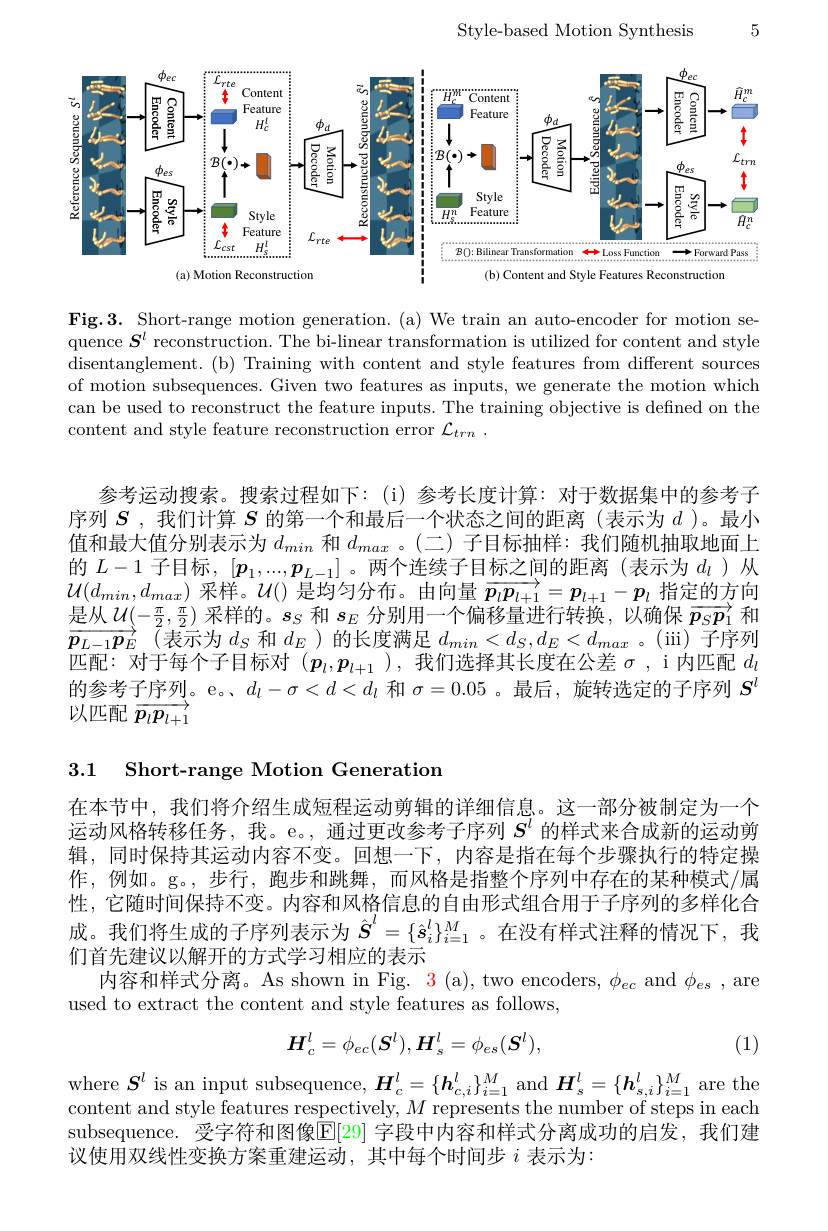
5

Style-based Motion Synthesis

<FigureHere>

Fig.3. Short-range motion generation. (a) We train an auto-encoder for motion sequence $\boldsymbol{S}^l$ reconstruction. The bi-linear transformation is utilized for content and style disentanglement.(b) Training with content and style features from different sources of motion subsequences. Given two features as inputs, we generate the motion which can be used to reconstruct the feature inputs. The training objective is defined on the content and style feature reconstruction error $\mathcal{L}_trn~.$

参考运动搜索。搜索过程如下：(i)参考长度计算：对于数据集中的参考子序列$S$ ,我们计算$S$的第一个和最后一个状态之间的距离(表示为$d$ )。最小值和最大值分别表示为$d_{min}$和$d_{max}$。(二)子目标抽样：我们随机抽取地面上的$L-1$子目标，$[\boldsymbol{p}_1,...,\boldsymbol{p}_{L-1}]$ 。两个连续子目标之间的距离(表示为$d_l$ )从$\mathcal{U} ( d_{min}, d_{max})$ 采 样 。$\mathcal{U} ( )$ 是 均 匀 分 布 。由 向 量 $\overrightarrow {p_lp_{l+ 1}}= \boldsymbol{\underset {l+ 1}{p}}- \boldsymbol{\underset l{p}}$ 指 定 的 方 向 $\mathcal{U} ( d_{min}, d_{max})$ 采 样 。$\mathcal{U} ( )$ 是 均 匀 分 布 。由 向 量 $\overrightarrow {p_lp_{l+ 1}}= \boldsymbol{\underset {l+ 1}{p}}- \boldsymbol{\underset l{p}}$ 指 定 的 方 向是从$\mathcal{U}(-\frac\pi2,\frac\pi2)$采样的。$s_S$和$s_E$分别用一个偏移量进行转换，以确保$\overrightarrow{\boldsymbol{p}_S\boldsymbol{p}_1}$和$\overrightarrow{\boldsymbol{p}_{L-1}\boldsymbol{p}_{E}}$(表示为$d_S$和$d_E$ )的长度满足$d_min<d_S,d_E<d_{max}$ 。(iii) 子序列匹配：对于每个子目标对($p_l,p_{l+1}$ ),我们选择其长度在公差$\sigma$, i 内匹配$d_l$ 的参考子序列。e。、$d_l-\sigma<d<d_l$和$\sigma=0.05$ 。最后，旋转选定的子序列$S^i$ 以匹配$\overrightarrow{p_lp_{l+1}}$

3.1 Short-range Motion Generation

在本节中，我们将介绍生成短程运动剪辑的详细信息。这一部分被制定为一个运动风格转移任务，我。e。, 通过更改参考子序列$S^l$的样式来合成新的运动剪辑，同时保持其运动内容不变。回想一下，内容是指在每个步骤执行的特定操作，例如。g。,步行，跑步和跳舞，而风格是指整个序列中存在的某种模式/属性，它随时间保持不变。内容和风格信息的自由形式组合用于子序列的多样化合成。我们将生成的子序列表示为$\hat{S}^l=\{\hat{s}_i^l\}_{i=1}^M$ 。在没有样式注释的情况下，我们首先建议以解开的方式学习相应的表示
内容和样式分离。As shown in Fig. $\color{red}3\mathrm{~(a),~two~encoders,~\phi_{ec}~and~\phi_{es}~,~are}$
used to extract the content and style features as follows,
$$H_{c}^{l}=\phi_{ec}(S^{l}),H_{s}^{l}=\phi_{es}(S^{l}),$$
(1)

where $S^l$ is an input subsequence, $H_c^l=\{\boldsymbol{h}_{c,i}^l\}_{i=1}^M$ and $\boldsymbol H_s^l=\{\boldsymbol{h}_{s,i}^l\}_{i=1}^M$ are the content and style features respectively, $M$ represents the number of steps in each subsequence. 受字符和图像$\mathbb{E}[29]$ 字段中内容和样式分离成功的启发，我们建议使用双线性变换方案重建运动，其中每个时间步$i$表示为：